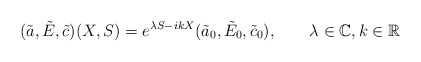
\begin{align*}(\tilde a,\tilde E,\tilde c)(X,S)=e^{\lambda S-ik X}(\tilde a_0,\tilde E_0,\tilde c_0),\qquad\lambda\in\mathbb{C},k\in\mathbb{R}\end{align*}